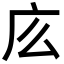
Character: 庅